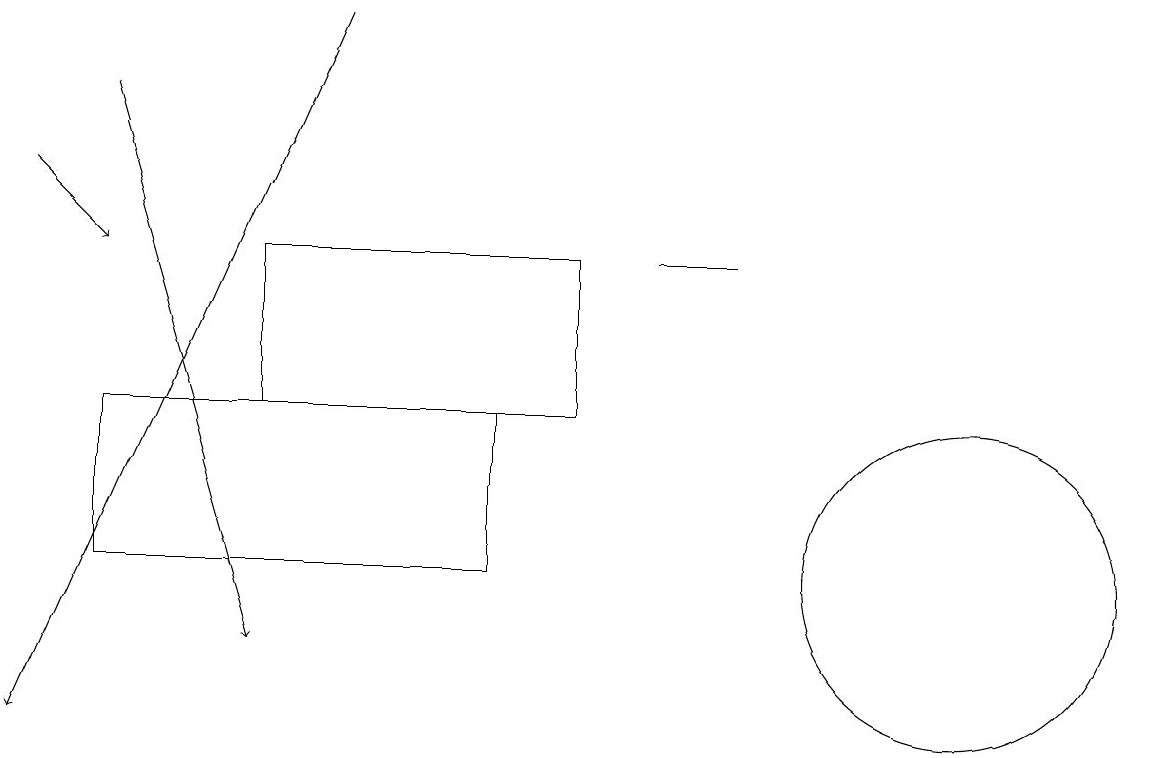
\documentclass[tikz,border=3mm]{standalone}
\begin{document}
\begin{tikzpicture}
\draw[->] (1,18) -- (3,11);
\draw (9,16) rectangle (8,16);
\draw (6,12) rectangle (1,14);
\draw (7,14) rectangle (3,16);
\draw[->] (0,17) -- (1,16);
\draw (12,12) circle (2);
\draw[->] (4,19) -- (0,10);
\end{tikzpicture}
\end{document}